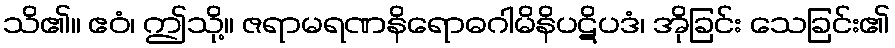
သိ၏။ ဧဝံ၊ ဤသို့။ ဇရာမရဏနိရောဓဂါမိနိပဋိပဒံ၊ အိုခြင်း သေခြင်း၏